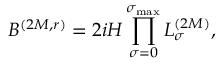
B ^ { ( 2 M , r ) } = 2 i { \cal H } \prod _ { \sigma = 0 } ^ { \sigma _ { \operatorname* { m a x } } } L _ { \sigma } ^ { ( 2 M ) } ,